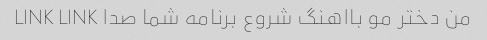
من دختر مو بااهنگ شروع برنامه شما صدا LINK LINK